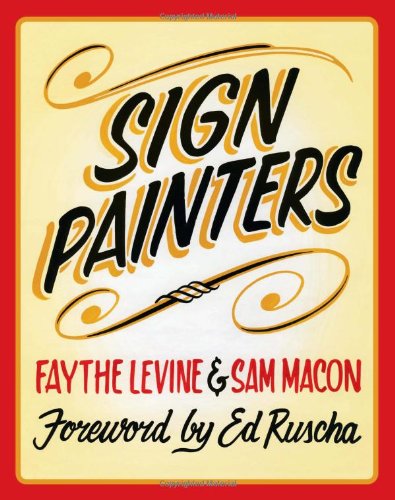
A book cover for Sign Painters; Faythe Levine; Business & Money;